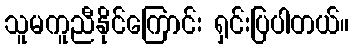
သူမကူညီနိုင်ကြောင်း ရှင်းပြပါတယ်။